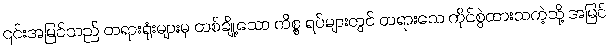
၎င်းအမြင်သည် တရားရုံးများမှ တစ်ချို့သော ကိစ္စ ရပ်များတွင် တရားသေ ကိုင်စွဲထားသကဲ့သို့ အမြင်